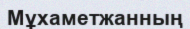
Мұхаметжанның